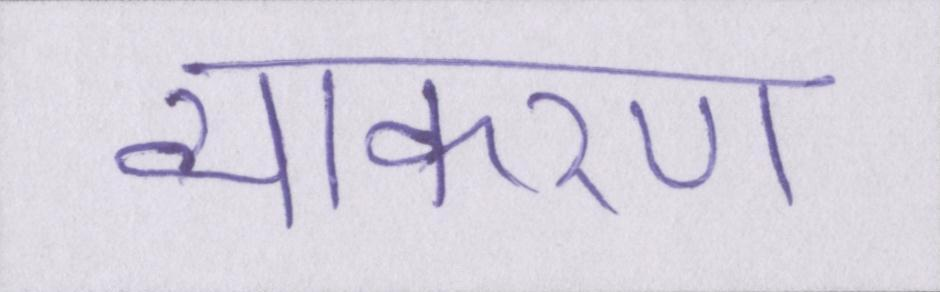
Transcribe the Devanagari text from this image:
व्याकरण